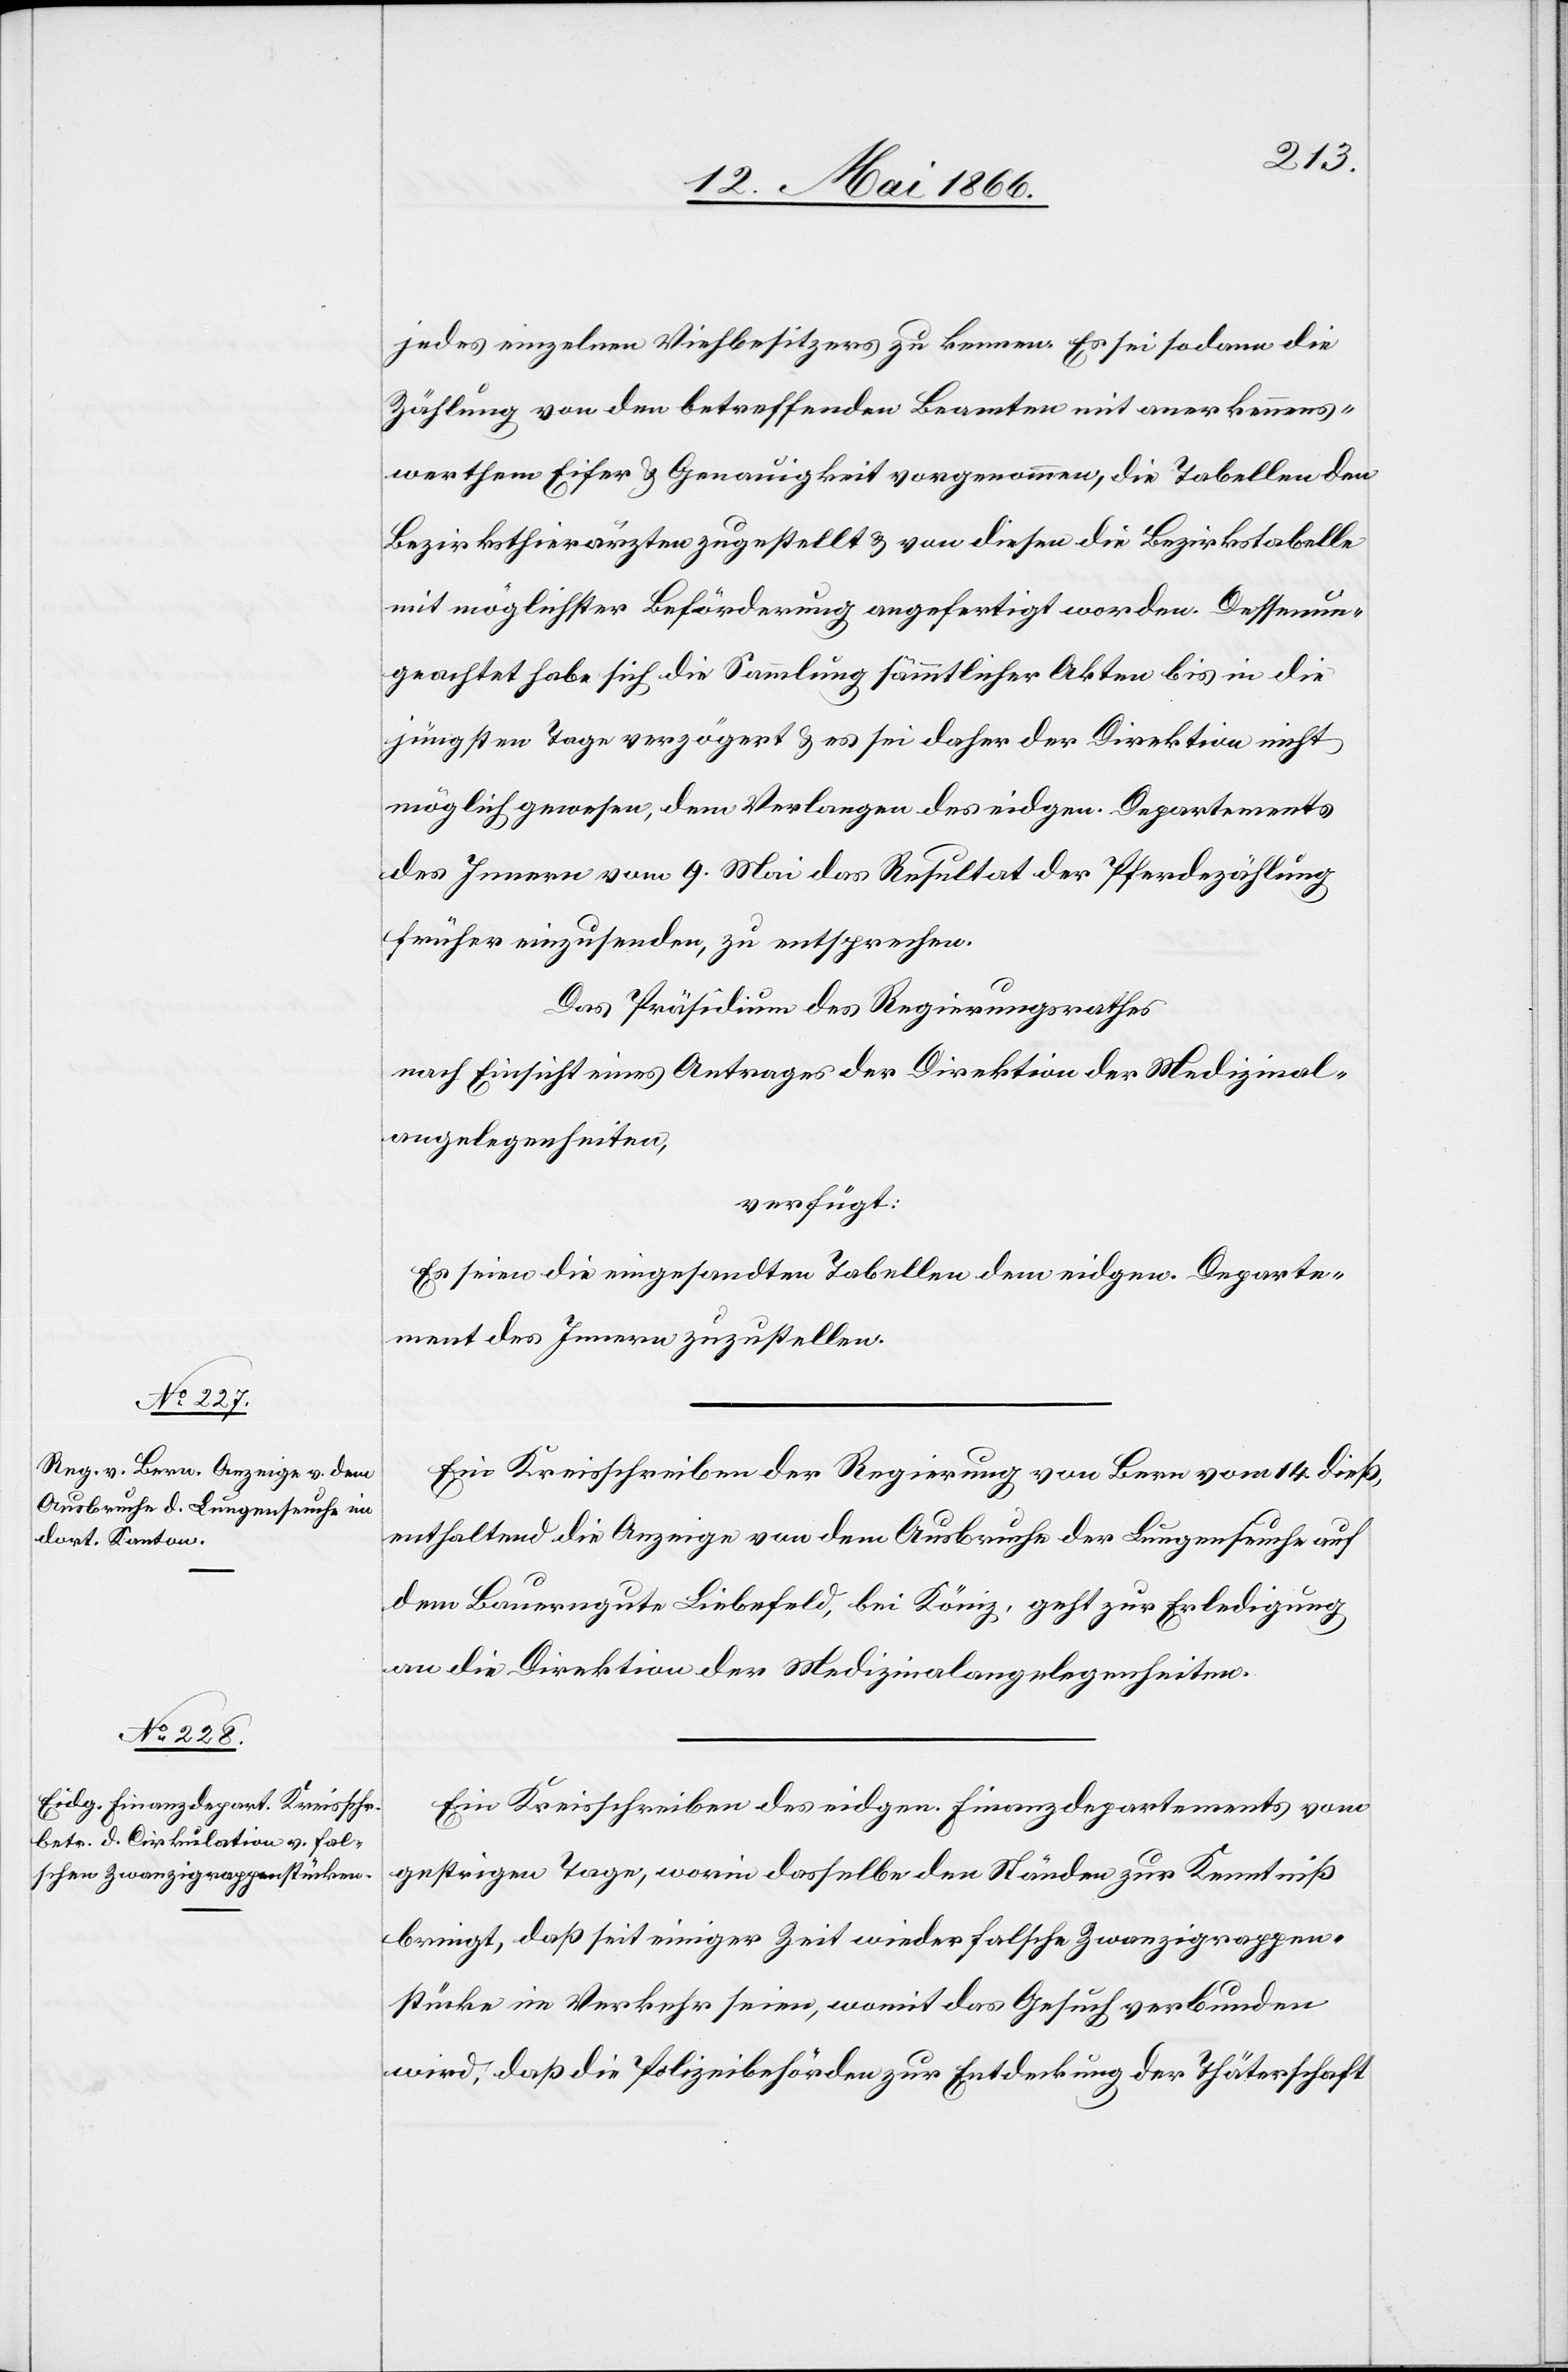
16. Mai 1866.]
jedes einzelnen Viehbesitzers zu kennen. Es sei sodann die
Zählung von den betreffenden Beamten mit anerkennens¬
werthem Eifer u. Genauigkeit vorgenommen, die Tabellen den
Bezirksthierärzten zugestellt u. von diesen die Bezirkstabelle
mit möglichster Beförderung angefertigt worden. Dessenun¬
geachtet habe sich die Sammlung sämmtlicher Akten bis in die
jüngsten Tage verzögert u. es sei daher der Direktion nicht
möglich gewesen, dem Verlangen des eidgen. Departementes
des Innern vom 9. Mai das Resultat der Pferdezählung
früher einzusenden, zu entsprechen.
Das Präsidium des Regierungsrathes,
nach Einsicht eines Antrages der Direktion der Medizinal¬
angelegenheiten,
verfügt:
Es seien die eingesandten Tabellen dem eidgen. Departe¬
ment des Innern zuzustellen.
Ein Kreisschreiben der Regierung von Bern vom 14. dieß,
enthaltend die Anzeige von dem Ausbruche der Lungenseuche auf
dem Bauerngute Liebefeld, bei König, geht zur Erledigung
an die Direktion der Medizinalangelegenheiten.
Ein Kreisschreiben des eidgen. Finanzdepartements vom
gestrigen Tage, worin dasselbe den Ständen zur Kenntniß
bringt, daß seit einiger Zeit wieder falsche Zwanzigrappen¬
stücke im Verkehr seien, womit das Gesuch verbunden
wird, daß die Polizeibehörden zur Entdeckung der Thäterschaft